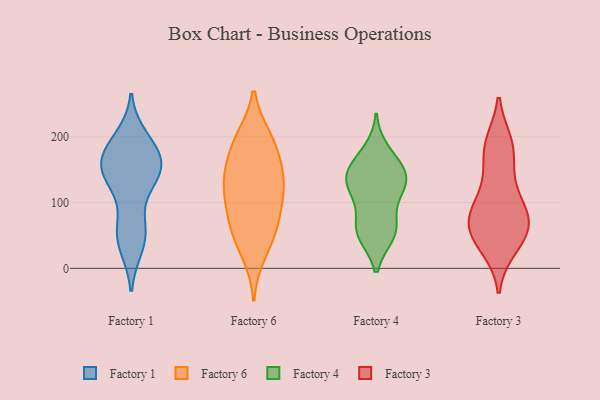
{"axis": {"x": "Satisfaction Score", "y": "Value"}, "legend": ["Factory 1", "Factory 3", "Factory 4", "Factory 6"], "data": [{"x": "", "y": 198, "type": "Factory 1"}, {"x": "", "y": 184, "type": "Factory 1"}, {"x": "", "y": 158, "type": "Factory 1"}, {"x": "", "y": 188, "type": "Factory 1"}, {"x": "", "y": 171, "type": "Factory 1"}, {"x": "", "y": 146, "type": "Factory 1"}, {"x": "", "y": 33, "type": "Factory 1"}, {"x": "", "y": 58, "type": "Factory 1"}, {"x": "", "y": 132, "type": "Factory 1"}, {"x": "", "y": 143, "type": "Factory 1"}, {"x": "", "y": 67, "type": "Factory 1"}, {"x": "", "y": 34, "type": "Factory 1"}, {"x": "", "y": 143, "type": "Factory 1"}, {"x": "", "y": 180, "type": "Factory 1"}, {"x": "", "y": 146, "type": "Factory 1"}, {"x": "", "y": 144, "type": "Factory 1"}, {"x": "", "y": 59, "type": "Factory 1"}, {"x": "", "y": 134, "type": "Factory 6"}, {"x": "", "y": 22, "type": "Factory 6"}, {"x": "", "y": 140, "type": "Factory 6"}, {"x": "", "y": 198, "type": "Factory 6"}, {"x": "", "y": 164, "type": "Factory 6"}, {"x": "", "y": 105, "type": "Factory 6"}, {"x": "", "y": 121, "type": "Factory 6"}, {"x": "", "y": 185, "type": "Factory 6"}, {"x": "", "y": 48, "type": "Factory 6"}, {"x": "", "y": 75, "type": "Factory 6"}, {"x": "", "y": 131, "type": "Factory 6"}, {"x": "", "y": 82, "type": "Factory 6"}, {"x": "", "y": 55, "type": "Factory 6"}, {"x": "", "y": 198, "type": "Factory 6"}, {"x": "", "y": 142, "type": "Factory 4"}, {"x": "", "y": 123, "type": "Factory 4"}, {"x": "", "y": 148, "type": "Factory 4"}, {"x": "", "y": 56, "type": "Factory 4"}, {"x": "", "y": 55, "type": "Factory 4"}, {"x": "", "y": 109, "type": "Factory 4"}, {"x": "", "y": 65, "type": "Factory 4"}, {"x": "", "y": 156, "type": "Factory 4"}, {"x": "", "y": 52, "type": "Factory 4"}, {"x": "", "y": 123, "type": "Factory 4"}, {"x": "", "y": 178, "type": "Factory 4"}, {"x": "", "y": 138, "type": "Factory 4"}, {"x": "", "y": 133, "type": "Factory 3"}, {"x": "", "y": 165, "type": "Factory 3"}, {"x": "", "y": 116, "type": "Factory 3"}, {"x": "", "y": 58, "type": "Factory 3"}, {"x": "", "y": 32, "type": "Factory 3"}, {"x": "", "y": 67, "type": "Factory 3"}, {"x": "", "y": 191, "type": "Factory 3"}, {"x": "", "y": 191, "type": "Factory 3"}, {"x": "", "y": 63, "type": "Factory 3"}, {"x": "", "y": 80, "type": "Factory 3"}, {"x": "", "y": 72, "type": "Factory 3"}, {"x": "", "y": 184, "type": "Factory 3"}, {"x": "", "y": 88, "type": "Factory 3"}, {"x": "", "y": 48, "type": "Factory 3"}, {"x": "", "y": 31, "type": "Factory 3"}, {"x": "", "y": 89, "type": "Factory 3"}]}